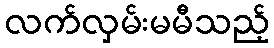
လက်လှမ်းမမီသည့်